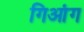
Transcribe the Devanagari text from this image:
गिआंग